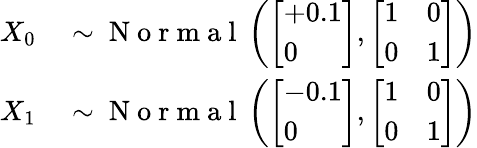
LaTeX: \begin{array}{rl}{X_{0}}&{{}\sim\mathrm{~N~o~r~m~a~l~}\left(\left[\begin{array}{l}{+0.1}\\ {0}\end{array}\right],\left[\begin{array}{ll}{1}&{0}\\ {0}&{1}\end{array}\right]\right)}\\ {X_{1}}&{{}\sim\mathrm{~N~o~r~m~a~l~}\left(\left[\begin{array}{l}{-0.1}\\ {0}\end{array}\right],\left[\begin{array}{ll}{1}&{0}\\ {0}&{1}\end{array}\right]\right)}\end{array}